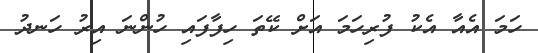
ހަމަ އެއާ އެކު ފުރިހަމަ އަށް ކޭތަ ހިފާފައި ހުންނަ އިރު ހަނދު